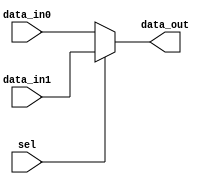
// This program was cloned from: https://github.com/intel/aib-phy-hardware
// License: Apache License 2.0

// SPDX-License-Identifier: Apache-2.0
// Copyright (C) 2019 Intel Corporation. All rights reserved
//****************************************************************************************
// (C) 2012 Altera Corporation. All rights reserved.
//
//****************************************************************************************
//*****************************************************************
// Description:
//
//*****************************************************************

module cfg_dprio_readdata_mux_mod 
#(
   parameter DATA_WIDTH      = 16  // Data width
 )
( 
input  wire                   sel,       // 1-hot selection input
input  wire [DATA_WIDTH-1:0]  data_in1,  // data input
input  wire [DATA_WIDTH-1:0]  data_in0,  // data input

output wire [DATA_WIDTH-1:0]  data_out   // data output
);

assign data_out = (sel == 1'b1) ? data_in1 : data_in0;

endmodule